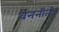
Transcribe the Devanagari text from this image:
वननीती